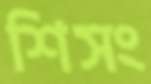
শিসং